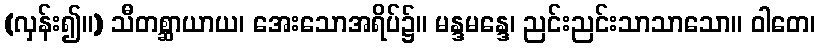
(လှန်း၍။) သီတစ္ဆာယာယ၊ အေးသောအရိပ်၌။ မန္ဒမန္ဒေ၊ ညင်းညင်းသာသာသော။ ဝါတေ၊